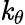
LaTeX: \mathit{k}_{\theta}